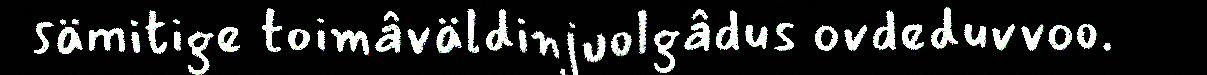
sämitige toimâväldinjuolgâdus ovdeduvvoo.